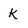
Character: K